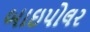
બાઇપોલર